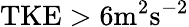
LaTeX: \mathrm{TKE}>6\mathrm{m^{2}s^{-2}}